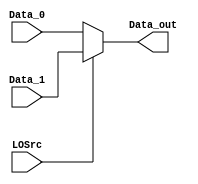
// MUX to select which comes from MULT and which from DIV
module mux_LO (
    input   wire    LOSrc,
    input   wire    [31:0]  Data_0,     // comes from MULT
    input   wire    [31:0]  Data_1,     // comes from DIV
    output  wire    [31:0]  Data_out
);

assign  Data_out    =   (LOSrc) ? Data_1  :   Data_0;

endmodule